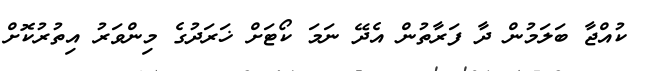
ކުއްޖާ ބަލަމުން ދާ ފަރާތުން އެދޭ ނަމަ ކޯޓަށް ޚަރަދުގެ މިންވަރު އިތުރުކޮށް